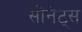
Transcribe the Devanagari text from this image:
सोंनेट्स